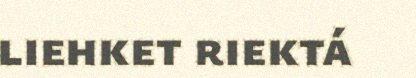
liehket riektá